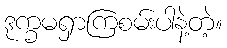
ဒုက္ခမရှာကြစမ်းပါနဲ့တဲ့။